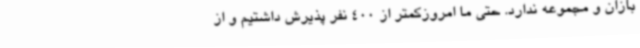
بازان و مجموعه ندارد. حتی ما امروزکمتر از 400 نفر پذیرش داشتیم و از